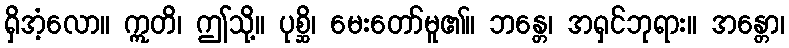
ရှိအံ့လော။ ဣတိ၊ ဤသို့။ ပုစ္ဆိ၊ မေးတော်မူ၏။ ဘန္တေ၊ အရှင်ဘုရား။ အန္တော၊